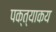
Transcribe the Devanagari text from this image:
पक्त्याकय